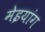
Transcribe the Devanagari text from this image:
मेइयांग